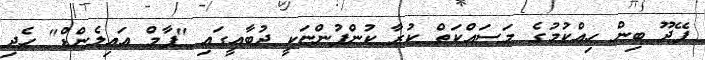
ފޭދޫ ބިން ހިއްކުމުގެ މަސައްކަތް ކުރާ ކުންފުންޏަކީ ދުބާއީގައި "ޕާމް އައިލެންޑް" ހެދި